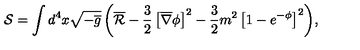
\mathcal { S } = \int { d ^ { 4 } x \sqrt { - \overline { { g } } } \left( \overline { { \mathcal { R } } } - \frac { 3 } { 2 } \left[ \overline { { \nabla } } \phi \right] ^ { 2 } - \frac { 3 } { 2 } m ^ { 2 } \left[ 1 - e ^ { - \phi } \right] ^ { 2 } \right) } ,